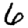
Digit: 6